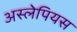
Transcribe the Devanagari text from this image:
अस्लेपियस